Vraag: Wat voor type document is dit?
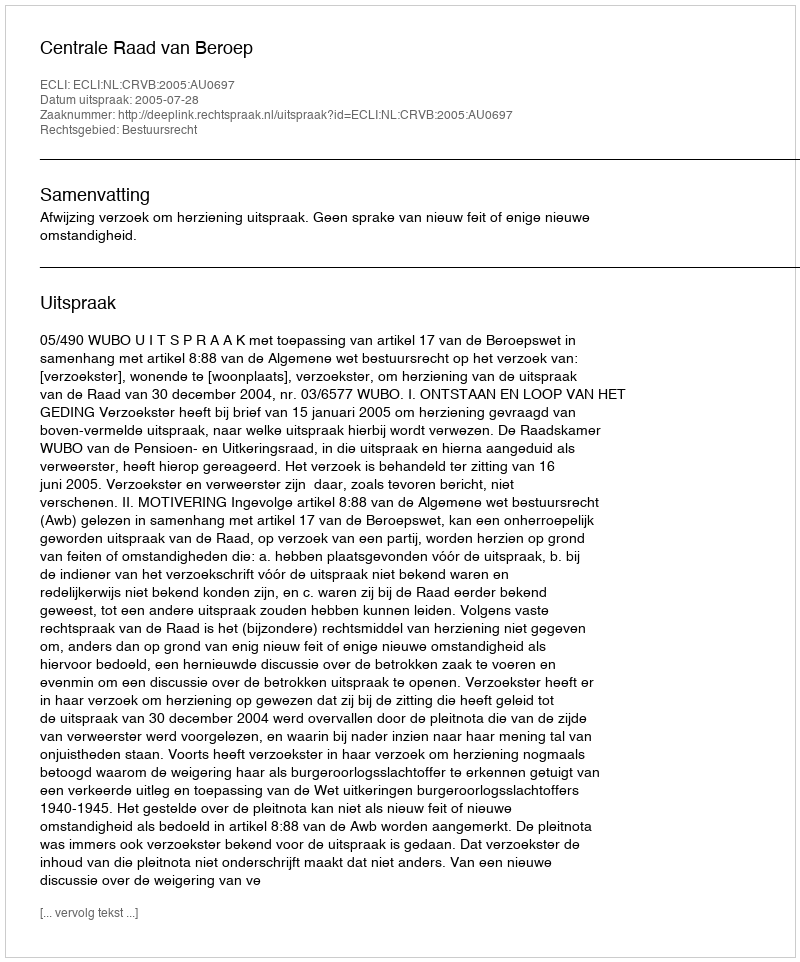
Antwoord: Uitspraak